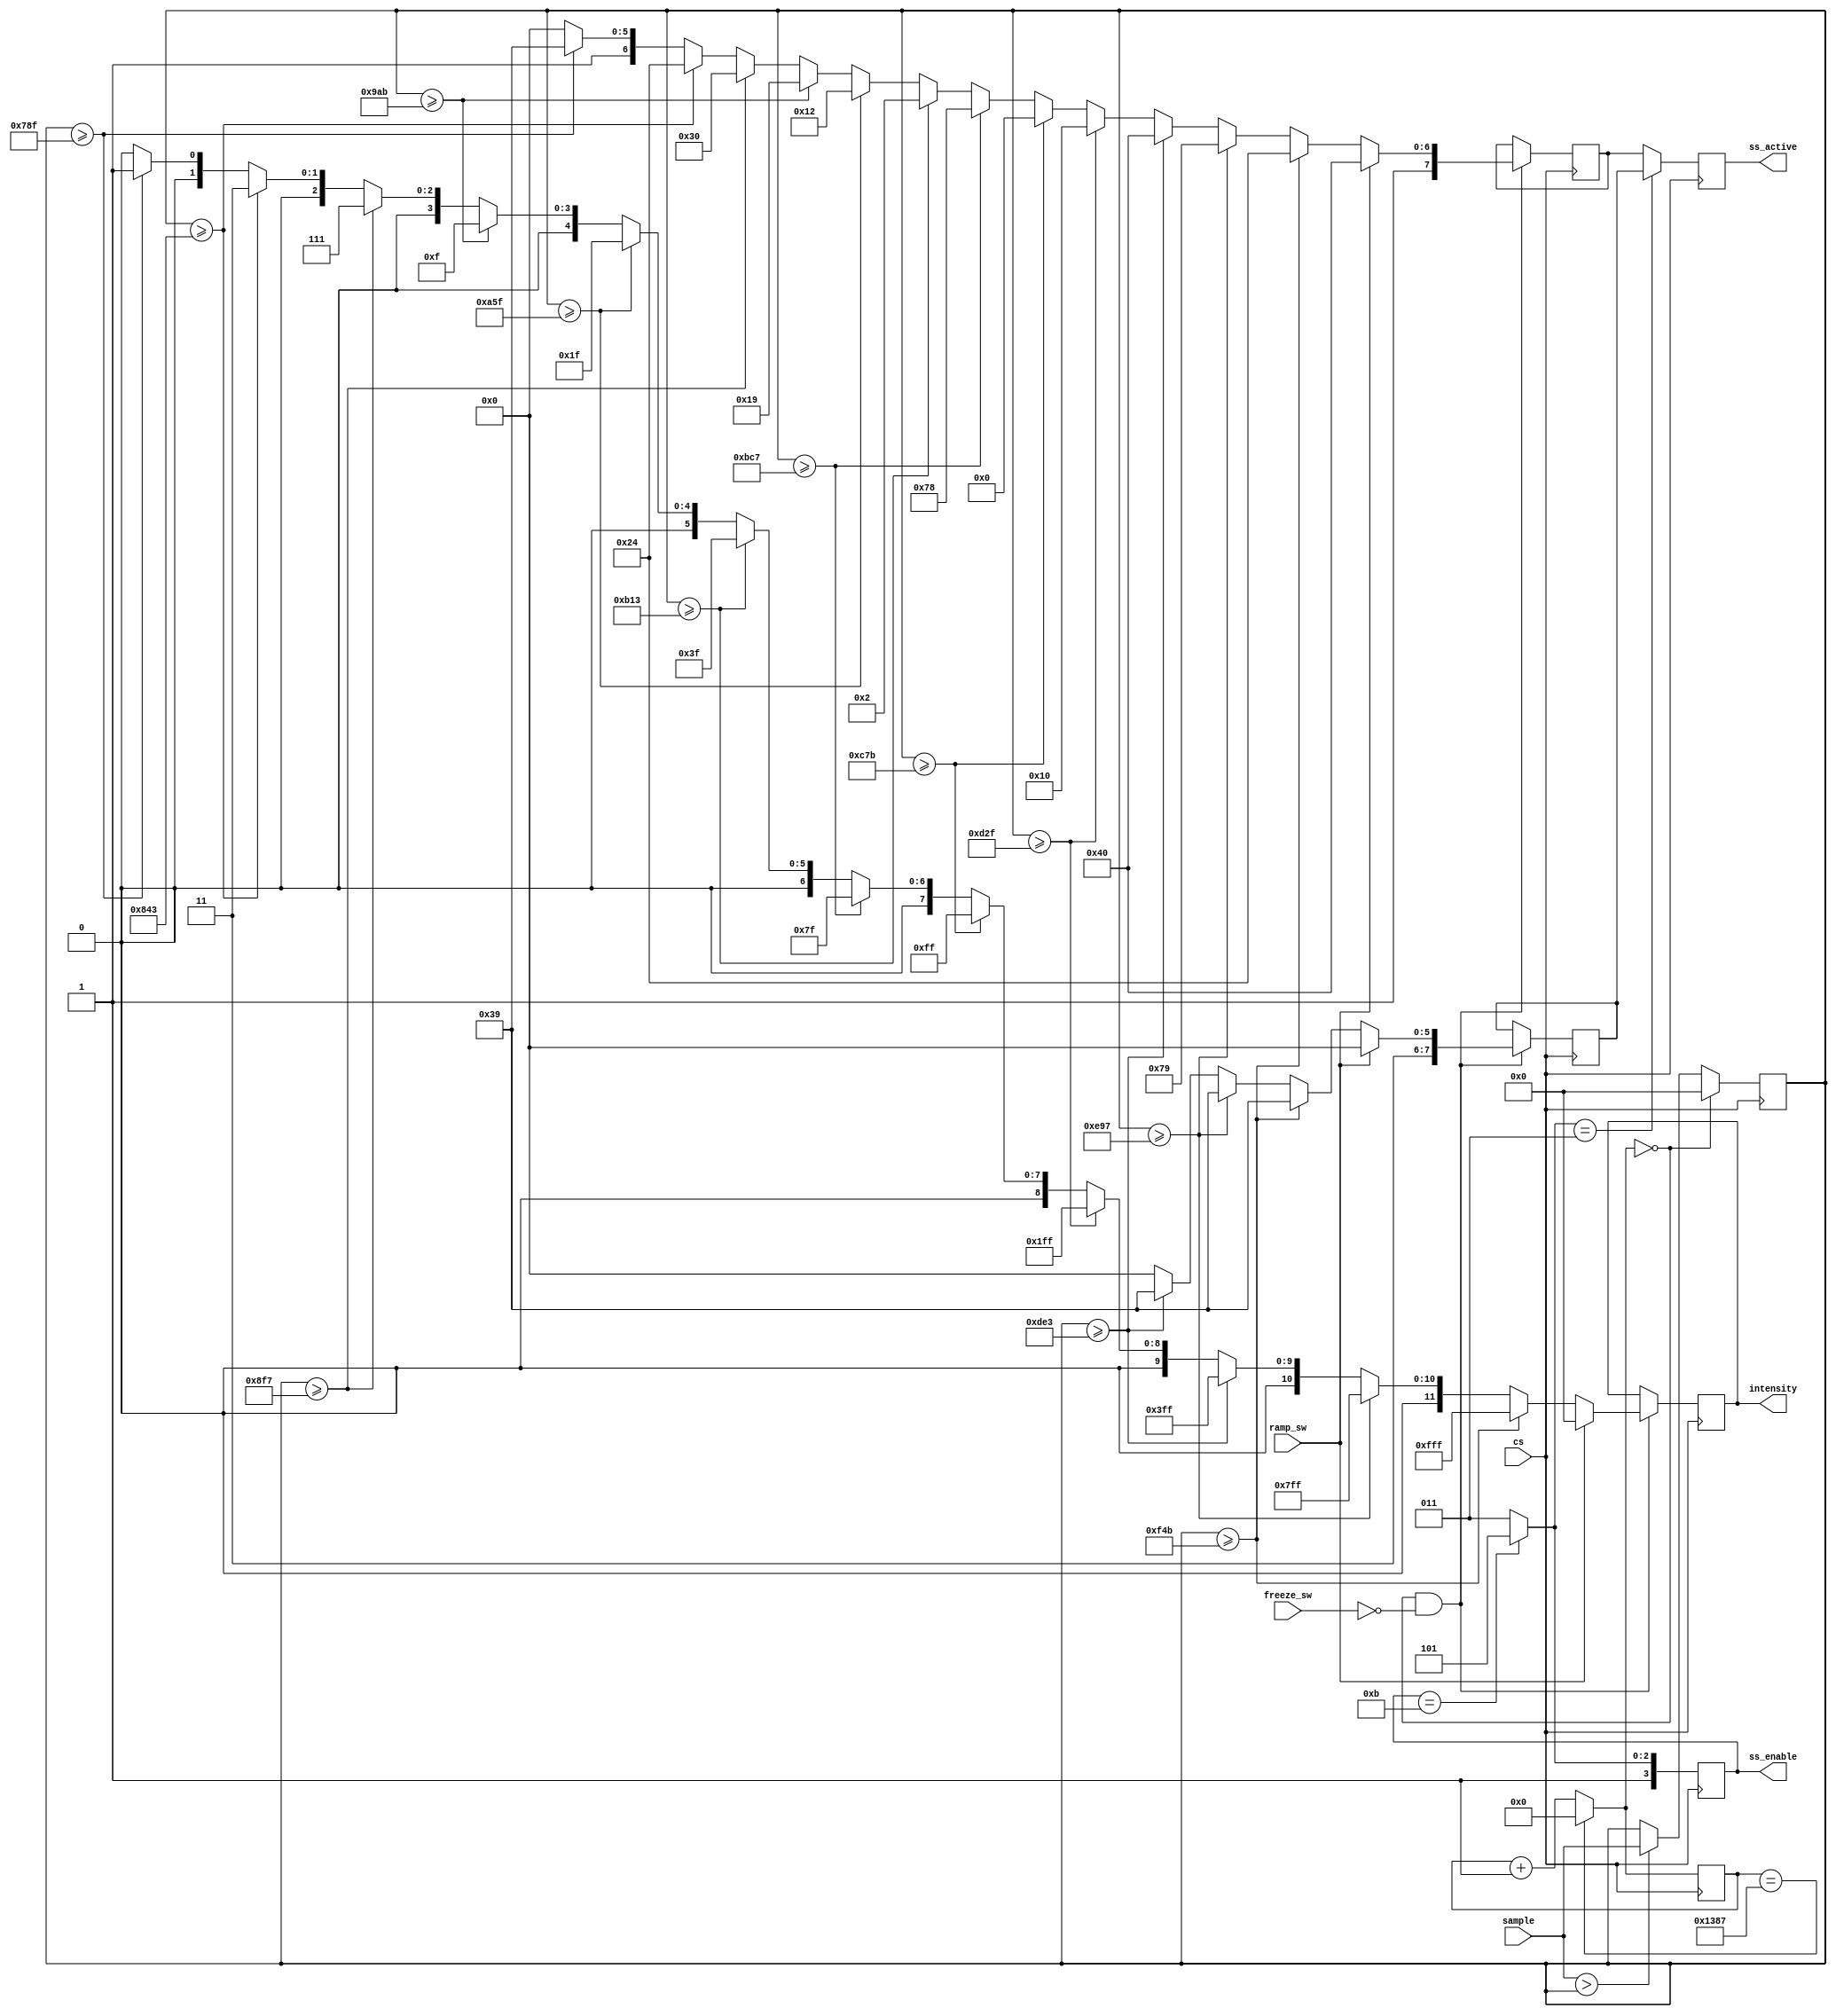
`timescale 1ns / 1ps
//////////////////////////////////////////////////////////////////////////////////
// Company: 
// Engineer: 
// 
// Design Name: 
// Module Name: volume_indicator
// Project Name: 
// Target Devices: 
// Tool Versions: 
// Description: 
// 
// Dependencies: 
// 
// Revision:
// Revision 0.01 - File Created
// Additional Comments:
// 
//////////////////////////////////////////////////////////////////////////////////


module volume_indicator(
    input cs,
    input [11:0] sample,
    input freeze_sw,
    input ramp_sw,
    output reg [11:0] intensity, // 12-bit audio sample peak value
    output reg [3:0] ss_enable, // 7seg enable
    output reg [7:0] ss_active  // 7seg segments
    );
    
     reg [12:0]count4hz = 0;
     reg [11:0]samplemax = 12'b0;
     
     reg [7:0] ss_ones = 8'b0;
     reg [7:0] ss_tens = 8'b0;
    
    always @ (posedge cs) begin
             count4hz = (count4hz == 4999)? 0: count4hz + 1;
             
             ss_enable = (ss_enable == 4'b1011)? 4'b1101 : 4'b1011;
             ss_active = (ss_enable == 4'b1011)? ss_tens : ss_ones;
             
             if (count4hz == 0 && ~(freeze_sw == 1)) begin
                if (ramp_sw == 1) begin
                    intensity = 12'b0;
                    ss_ones = 8'b11000000;
                    ss_tens = 8'b11000000;
                end
                
                else if (samplemax >= 3915) begin
                     intensity = 12'b1111_1111_1111;
                     ss_ones = 8'b10100100;
                     ss_tens = 8'b11111001;
                 end
                 
                 else if (samplemax >= 3735) begin
                     intensity = 12'b0111_1111_1111;
                     ss_ones = 8'b11111001;
                     ss_tens = 8'b11111001;
                 end
                 
                 else if (samplemax >= 3555) begin
                     intensity = 12'b0011_1111_1111;
                     ss_ones = 8'b11000000;
                     ss_tens = 8'b11111001;
                 end
                 
                 else if (samplemax >= 3375) begin
                     intensity = 12'b0001_1111_1111;
                     ss_ones = 8'b10010000;
                     ss_tens = 8'b11000000;
                 end
                 
                 else if (samplemax >= 3195) begin
                     intensity = 12'b0000_1111_1111;
                     ss_ones = 8'b10000000;
                     ss_tens = 8'b11000000;
                 end
                 
                 else if (samplemax >= 3015) begin
                     intensity = 12'b0000_0111_1111;
                     ss_ones = 8'b11111000;
                     ss_tens = 8'b11000000;
                 end    
                 
                 else if (samplemax >= 2835) begin
                     intensity = 12'b0000_0011_1111;
                     ss_ones = 8'b10000010;
                     ss_tens = 8'b11000000;
                 end
                 
                 else if (samplemax >= 2655) begin
                     intensity = 12'b0000_0001_1111;
                     ss_ones = 8'b10010010;
                     ss_tens = 8'b11000000;
                 end
                 
                 else if (samplemax >= 2475) begin
                     intensity = 12'b0000_0000_1111;
                     ss_ones = 8'b10011001;
                     ss_tens = 8'b11000000;
                 end
                 
                 else if (samplemax >= 2295) begin
                     intensity = 12'b0000_0000_0111;
                     ss_ones = 8'b10110000;
                     ss_tens = 8'b11000000;
                 end
                 
                 else if (samplemax >= 2115) begin
                     intensity = 12'b0000_0000_0011;
                     ss_ones = 8'b10100100;
                     ss_tens = 8'b11000000;
                 end
                 
                 else if (samplemax >= 1935) begin
                     intensity = 12'b0000_0000_0001;
                     ss_ones = 8'b11111001;
                     ss_tens = 8'b11000000;
                 end
                 
                 else begin
                     intensity = 12'b0;
                     ss_ones = 8'b11000000;
                     ss_tens = 8'b11000000;
                 end    
             end
             
             samplemax = (count4hz == 0)? 0: (sample > samplemax)? sample[11:0]: samplemax[11:0];
         end
endmodule